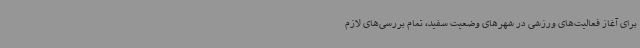
برای آغاز فعالیت‌های ورزشی در شهرهای وضعیت سفید، تمام بررسی‌های لازم